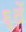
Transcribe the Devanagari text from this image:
६ठें